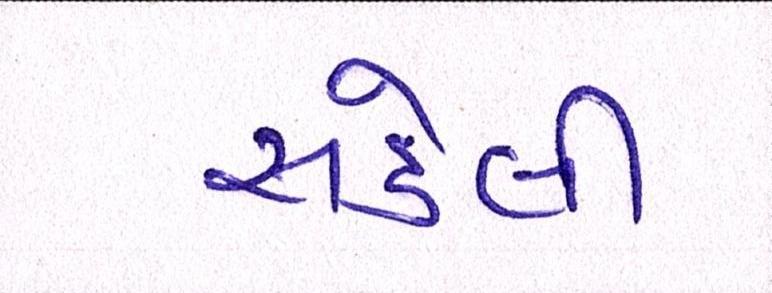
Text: સડેલી